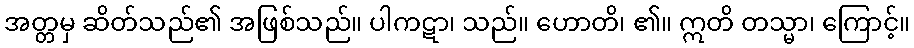
အတ္တမှ ဆိတ်သည်၏ အဖြစ်သည်။ ပါကဋာ၊ သည်။ ဟောတိ၊ ၏။ ဣတိ တသ္မာ၊ ကြောင့်။